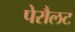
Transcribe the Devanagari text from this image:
पेरौलट